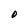
Character: O